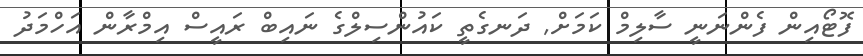
ފޮޓޯއިން ފެންނަނީ ސާލިމް ކަމަށް